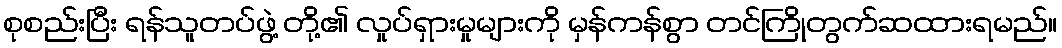
စုစည်းပြီး ရန်သူတပ်ဖွဲ့ တို့၏ လှုပ်ရှားမှုများကို မှန်ကန်စွာ တင်ကြိုတွက်ဆထားရမည်။